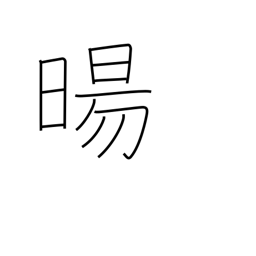
Meaning: sunrise